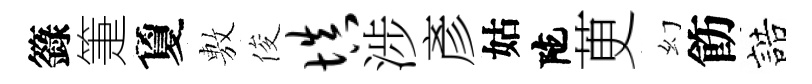
籙箑夐𢾾俊填涉彥姑陀茰幻飭誥